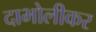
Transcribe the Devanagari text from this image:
दाभोलीकर